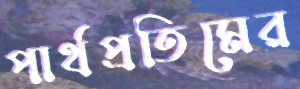
পার্থপ্রতিমের